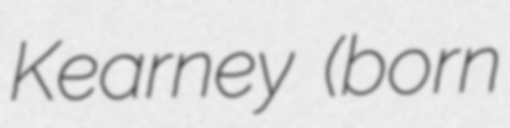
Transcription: Kearney (born